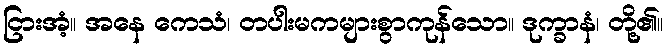
ငြားအံ့။ အနေ ကေသံ၊ တပါးမကများစွာကုန်သော။ ဒုက္ခာနံ၊ တို့၏။